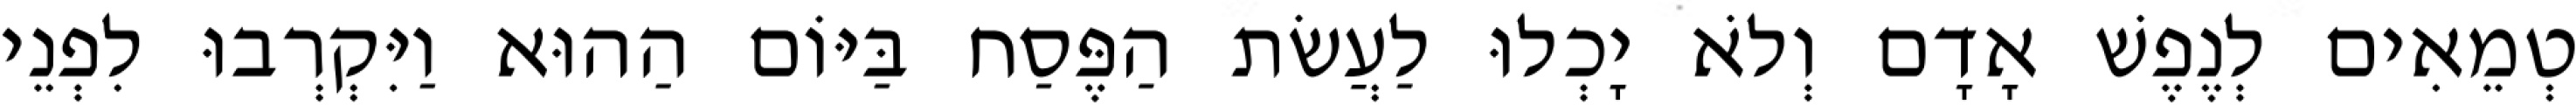
טְמֵאִים לְנֶפֶשׁ אָדָם וְלֹא יָכְלוּ לַעֲשׂת הַפֶּסַח בַּיּוֹם הַהוּא וַיִּקְרְבוּ לִפְנֵי